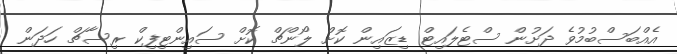
އެއްބަސްބުމުވެ ދަށުން ސްޓެލައިޓް ޑިޒައިން ކޮށް ލޯންޗް ކޮށް ސައިންޓިފިކް ރިސާޗް ހަދަން